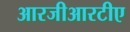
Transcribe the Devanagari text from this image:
आरजीआरटीए